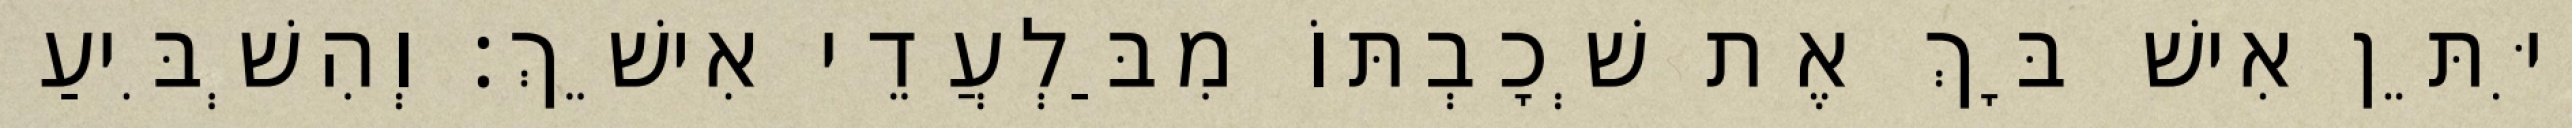
וַיִּתֵּן אִישׁ בָּךְ אֶת שְׁכָבְתּוֹ מִבַּלְעֲדֵי אִישֵׁךְ׃ וְהִשְׁבִּיעַ